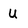
Character: U